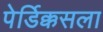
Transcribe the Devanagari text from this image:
पेर्डिक्कसला